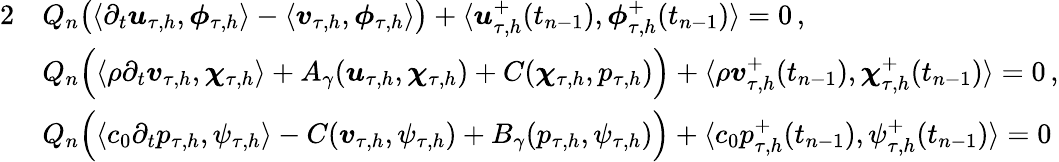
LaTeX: \begin{array}{rl}{{2}}&{Q_{n}\big(\langle\partial_{t}\boldsymbol u_{\tau,h},\boldsymbol\phi_{\tau,h}\rangle-\langle\boldsymbol v_{\tau,h},\boldsymbol\phi_{\tau,h}\rangle\big)+\langle\boldsymbol u_{\tau,h}^{+}(t_{n-1}),\boldsymbol\phi_{\tau,h}^{+}(t_{n-1})\rangle=0\, ,}\\ &{Q_{n}\Big(\langle\rho\partial_{t}\boldsymbol v_{\tau,h},\boldsymbol\chi_{\tau,h}\rangle+A_{\gamma}(\boldsymbol u_{\tau,h},\boldsymbol\chi_{\tau,h})+C(\boldsymbol\chi_{\tau,h},p_{\tau,h})\Big)+\langle\rho\boldsymbol v_{\tau,h}^{+}(t_{n-1}),\boldsymbol\chi_{\tau,h}^{+}(t_{n-1})\rangle=0\, ,}\\ &{Q_{n}\Big(\langle c_{0}\partial_{t}p_{\tau,h},\psi_{\tau,h}\rangle-C(\boldsymbol v_{\tau,h},\psi_{\tau,h})+B_{\gamma}(p_{\tau,h},\psi_{\tau,h})\Big)+\langle c_{0}p_{\tau,h}^{+}(t_{n-1}),\psi_{\tau,h}^{+}(t_{n-1})\rangle=0}\end{array}